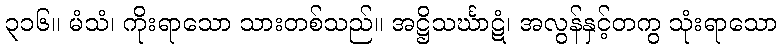
၃၁၆။ မံသံ၊ ကိုးရာသော သားတစ်သည်။ အဋ္ဌိသင်္ဃာဋံ၊ အလွန်နှင့်တကွ သုံးရာသော